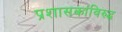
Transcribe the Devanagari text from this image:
प्रशासकांविरुद्ध